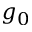
g _ { 0 }